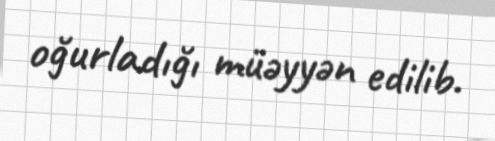
oğurladığı müəyyən edilib.